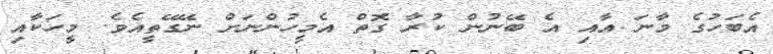
އެބަހުގެ މާނަ އާއި އެ ބޭނުން ކުރާ ގޮތް އެމީހުންނަށް ނޭގޭތީއެވެ. މީހަކާއި